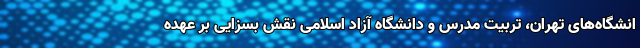
انشگاه‌های تهران، تربیت مدرس و دانشگاه آزاد اسلامی نقش بسزایی بر عهده